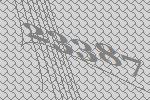
23387